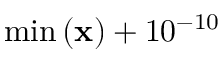
\operatorname* { m i n } \left( \mathbf { x } \right) + 1 0 ^ { - 1 0 }